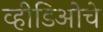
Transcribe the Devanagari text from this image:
व्हीडिओचे